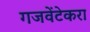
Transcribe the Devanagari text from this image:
गजवेंटेकरा